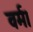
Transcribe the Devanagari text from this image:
वर्म।